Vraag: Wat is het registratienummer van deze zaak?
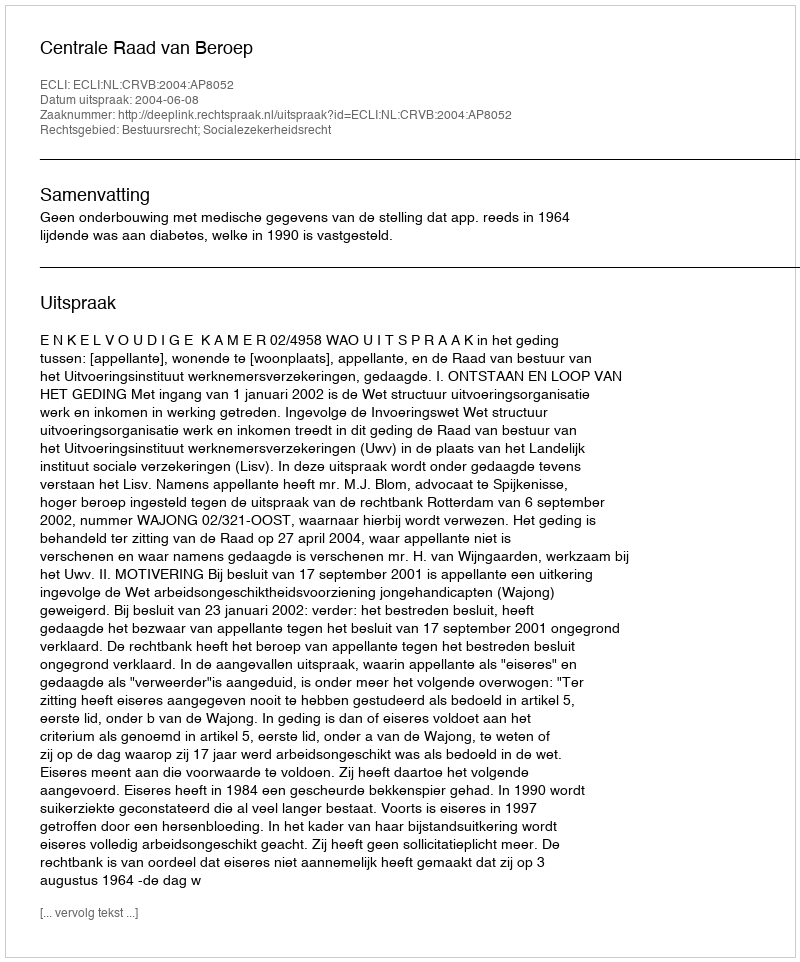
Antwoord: http://deeplink.rechtspraak.nl/uitspraak?id=ECLI:NL:CRVB:2004:AP8052